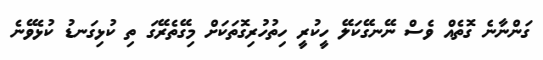
ގަންނާނެ ގޮތެއް ވެސް ނޭނގޭޭކަލޭ ހީކުރީީ ހިތުހުރިގޮތަަކަށް މިގޭތެރޭގަަ ތި ކުޅިގަނޑު ކުޅެވޭނެ